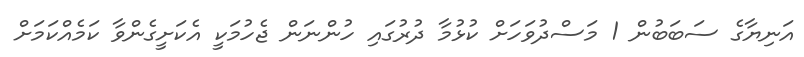
އަނިޔާގެ ސަބަބުން 1 މަސްދުވަހަށް ކުޅުމާ ދުރުގައި ހުންނަން ޖެހުމަކީ އެކަށީގެންވާ ކަމެއްކަމަށް